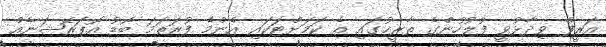
އަރީފް ވިދާޅުވީ ފުލުހުންގެ ތާރީޚުގައި އެ ކަމަށްޓަކައި އެންމެ ފުރަތަމަ ބޮޑު އޮޕަރޭޝަނެއް